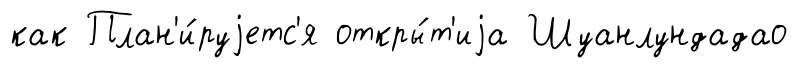
как План'и́руjетс'я откры́т'иjа Шуанлундадао